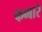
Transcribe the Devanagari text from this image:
फब्बारे